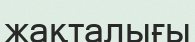
жақталығы